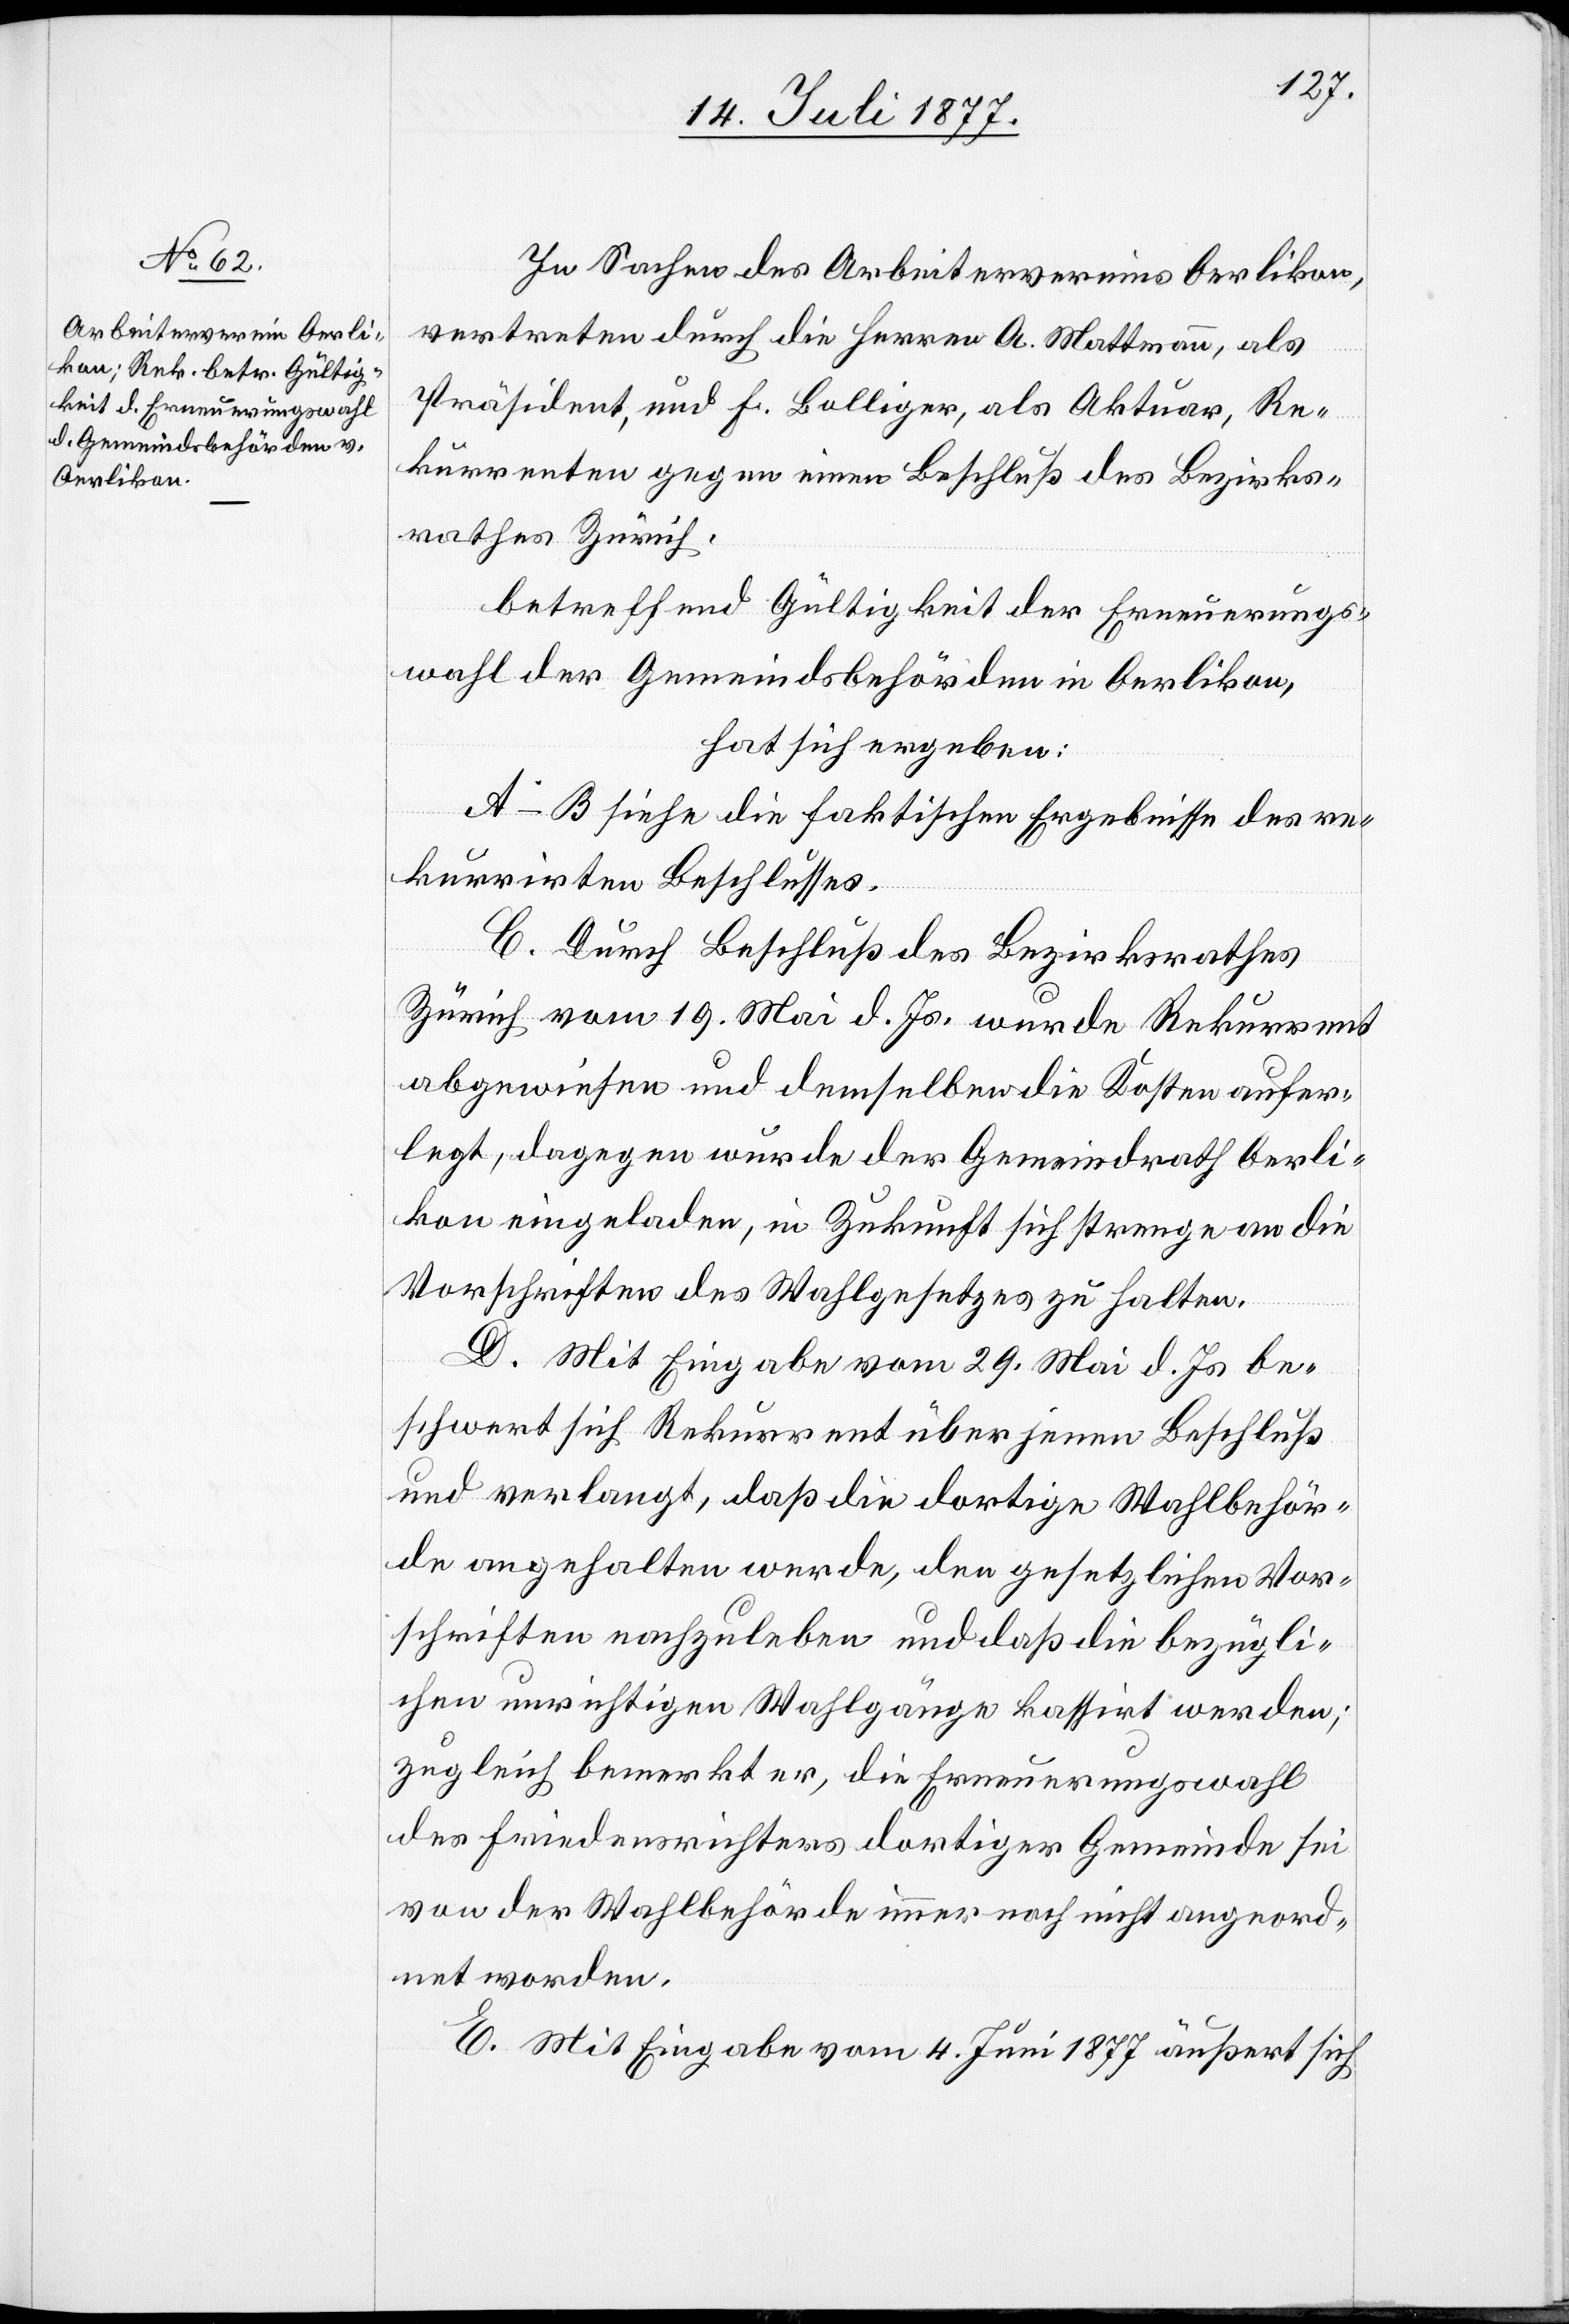
In Sachen des Arbeitervereins Oerlikon,
vertreten durch die Herren A. Mattmann, als
Präsident, und F. Bolliger, als Aktuar, Re¬
kurrenten gegen einen Beschluß des Bezirks¬
rathes Zürich,
betreffend Gültigkeit der Erneuerungs¬
wahl der Gemeindsbehörden in Oerlikon,
hat sich ergeben:
A–B siehe die faktischen Ergebnisse des re¬
kurrirten Beschlusses.
C. Durch Beschluß des Bezirksrathes
Zürich vom 19. Mai d. Js. wurde Rekurrent
abgewiesen und demselben die Kosten aufer¬
legt, dagegen wurde der Gemeindrath Oerli¬
kon eingeladen, in Zukunft sich strenge an die
Vorschriften des Wahlgesetzes zu halten.
D. Mit Eingabe vom 29. Mai d. Js be¬
schwert sich Rekurrent über jenen Beschluß
und verlangt, daß die dortige Wahlbehör¬
de angehalten werde, den gesetzlichen Vor¬
schriften nachzuleben und daß die bezügli¬
chen unrichtigen Wahlgänge kassirt werden;
zugleich bemerkt er, die Erneuerungswahl
des Friedensrichters dortiger Gemeinde sei
von der Wahlbehörde immer noch nicht angeord¬
net worden.
E. Mit Eingabe vom 4. Juni 1877 äußert sich